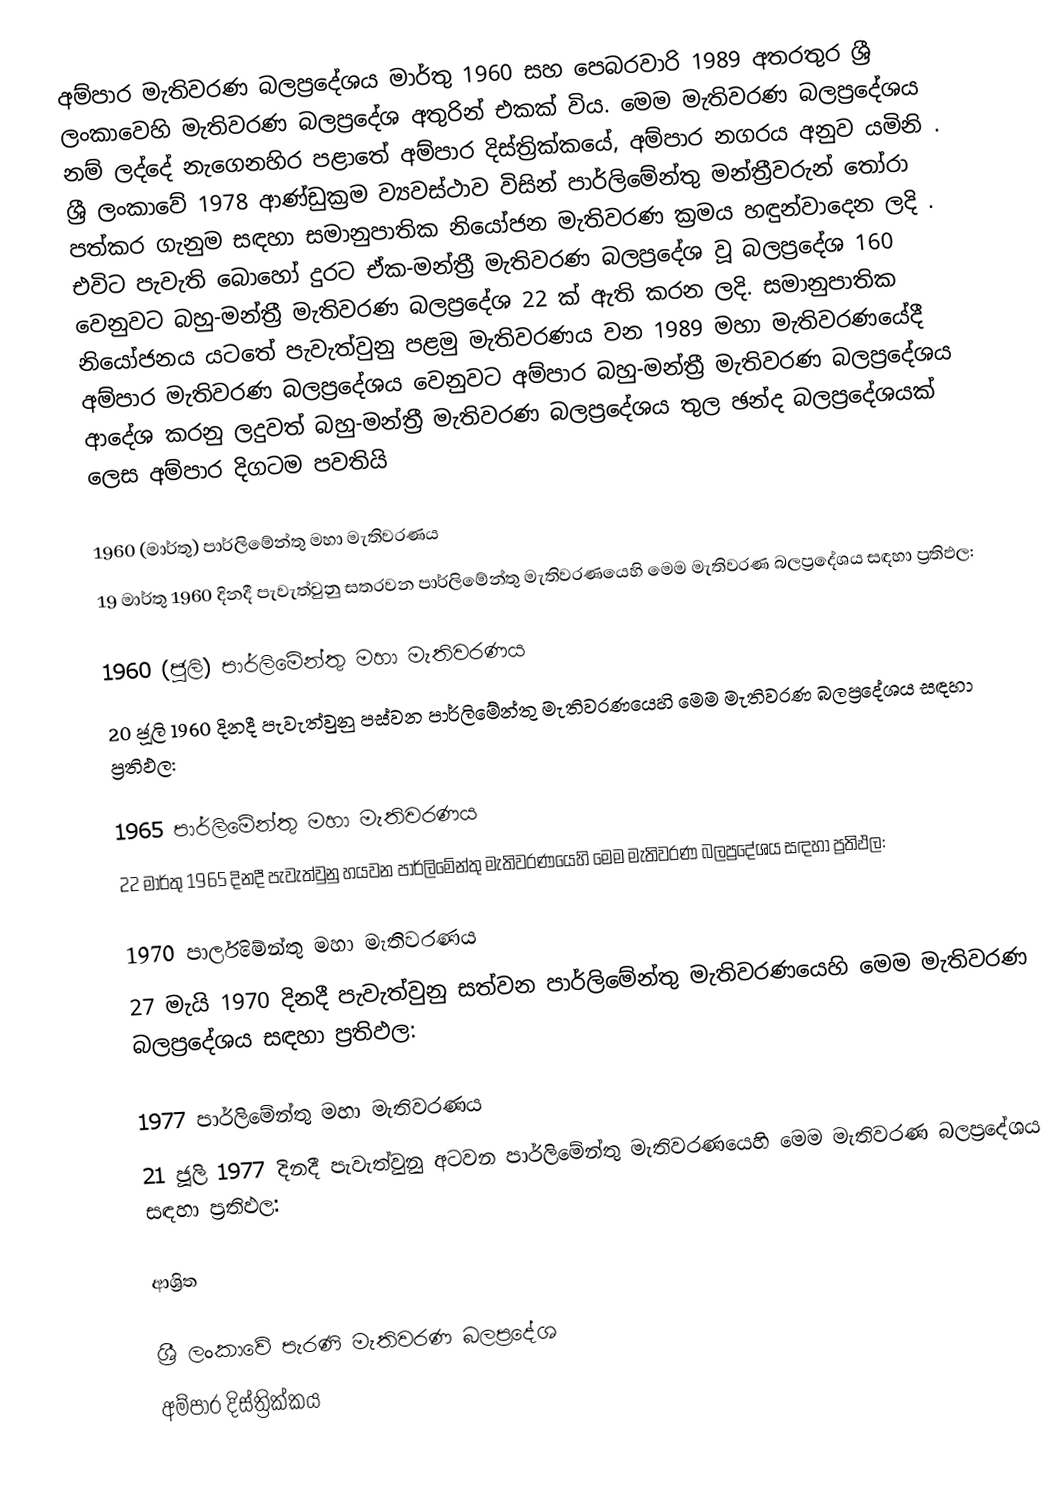
අම්පාර මැතිවරණ බලප්‍රදේශය මාර්තු 1960 සහ පෙබරවාරි 1989 අතරතුර  ශ්‍රී ලංකාවෙහි  මැතිවරණ බලප්‍රදේශ අතුරින් එකක් විය. මෙම මැතිවරණ බලප්‍රදේශය නම් ලද්දේ  නැගෙනහිර පළාතේ  අම්පාර දිස්ත්‍රික්කයේ,  අම්පාර නගරය අනුව යමිනි . ශ්‍රී ලංකාවේ 1978 ආණ්ඩුක්‍රම ව්‍යවස්ථාව විසින්   පාර්ලිමේන්තු මන්ත්‍රීවරුන් තෝරා පත්කර ගැනුම සඳහා සමානුපාතික නියෝජන මැතිවරණ ක්‍රමය හඳුන්වාදෙන ලදි . එවිට පැවැති බොහෝ දුරට  ඒක-මන්ත්‍රී මැතිවරණ බලප්‍රදේශ වූ බලප්‍රදේශ 160 වෙනුවට බහු-මන්ත්‍රී මැතිවරණ බලප්‍රදේශ 22 ක් ඇති කරන ලදි. සමානුපාතික නියෝජනය යටතේ පැවැත්වුනු පළමු මැතිවරණය වන 1989 මහා මැතිවරණයේදී  අම්පාර මැතිවරණ බලප්‍රදේශය වෙනුවට  අම්පාර බහු-මන්ත්‍රී මැතිවරණ බලප්‍රදේශය  ආදේශ කරනු ලදුවත් බහු-මන්ත්‍රී මැතිවරණ බලප්‍රදේශය තුල ඡන්ද බලප්‍රදේශයක් ලෙස අම්පාර දිගටම පවතියි

1960 (මාර්තු) පාර්ලිමේන්තු මහා මැතිවරණය
19 මාර්තු 1960 දිනදී පැවැත්වුනු  සතරවන පාර්ලිමේන්තු මැතිවරණයෙහි මෙම මැතිවරණ බලප්‍රදේශය සඳහා ප්‍රතිඵල:

1960 (ජූලි) පාර්ලිමේන්තු මහා මැතිවරණය
20 ජූලි 1960 දිනදී පැවැත්වුනු  පස්වන පාර්ලිමේන්තු මැතිවරණයෙහි මෙම මැතිවරණ බලප්‍රදේශය සඳහා ප්‍රතිඵල:

1965 පාර්ලිමේන්තු මහා මැතිවරණය
22 මාර්තු 1965  දිනදී පැවැත්වුනු  හයවන පාර්ලිමේන්තු මැතිවරණයෙහි මෙම මැතිවරණ බලප්‍රදේශය සඳහා ප්‍රතිඵල:

1970 පාර්ලිමේන්තු මහා මැතිවරණය
27 මැයි 1970 දිනදී පැවැත්වුනු  සත්වන පාර්ලිමේන්තු මැතිවරණයෙහි මෙම මැතිවරණ බලප්‍රදේශය සඳහා ප්‍රතිඵල:

1977 පාර්ලිමේන්තු මහා මැතිවරණය
21 ජූලි 1977 දිනදී පැවැත්වුනු  අටවන පාර්ලිමේන්තු මැතිවරණයෙහි මෙම මැතිවරණ බලප්‍රදේශය සඳහා ප්‍රතිඵල:

ආශ්‍රිත

ශ්‍රී ලංකාවේ පැරණි මැතිවරණ බලප්‍රදේශ
 අම්පාර දිස්ත්‍රික්කය